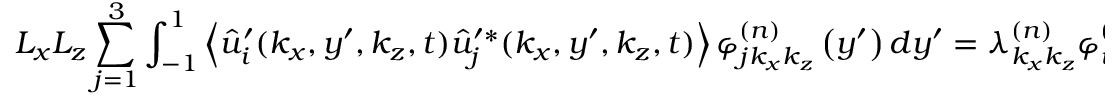
L _ { x } L _ { z } \sum _ { j = 1 } ^ { 3 } \int _ { - 1 } ^ { 1 } \left\langle \hat { u } _ { i } ^ { \prime } ( k _ { x } , y ^ { \prime } , k _ { z } , t ) \hat { u } _ { j } ^ { \prime * } ( k _ { x } , y ^ { \prime } , k _ { z } , t ) \right\rangle \varphi _ { j k _ { x } k _ { z } } ^ { ( n ) } \left( y ^ { \prime } \right) d y ^ { \prime } = \lambda _ { k _ { x } k _ { z } } ^ { ( n ) } \varphi _ { i k _ { x } k _ { z } } ^ { ( n ) } ( y ) ,